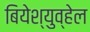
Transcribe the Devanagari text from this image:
बियेश्युव्हेल